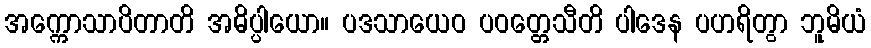
အက္ကောသာပိတာတိ အဓိပ္ပါယော။ ပဒသာယေဝ ပဝတ္တေသီတိ ပါဒေန ပဟရိတွာ ဘူမိယံ